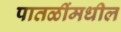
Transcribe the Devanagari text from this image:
पातळींमधील